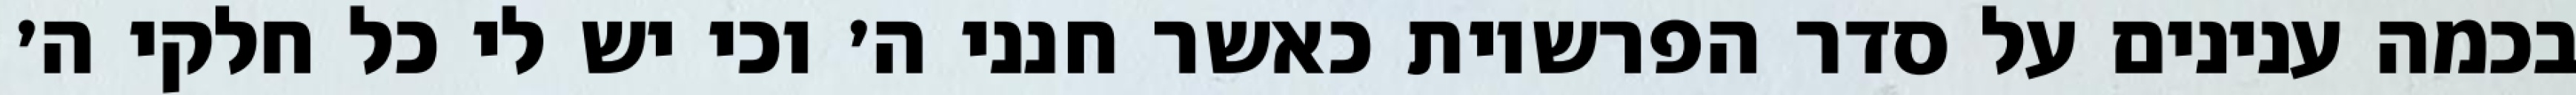
בכמה ענינים על סדר הפרשיות כאשר חנני ה׳ וכי יש לי כל חלקי ה׳